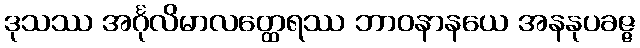
ဒုသဿ အင်္ဂုလိမာလတ္ထေရဿ ဘာဝနာနယေ အနနုပခဇ္ဇ